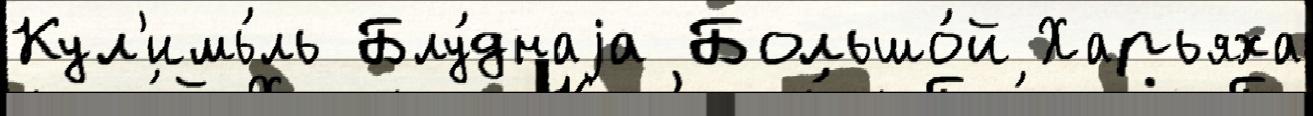
Кул'имь́ль Блу́днаjа Большо́й Харьяха